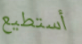
أستطيع